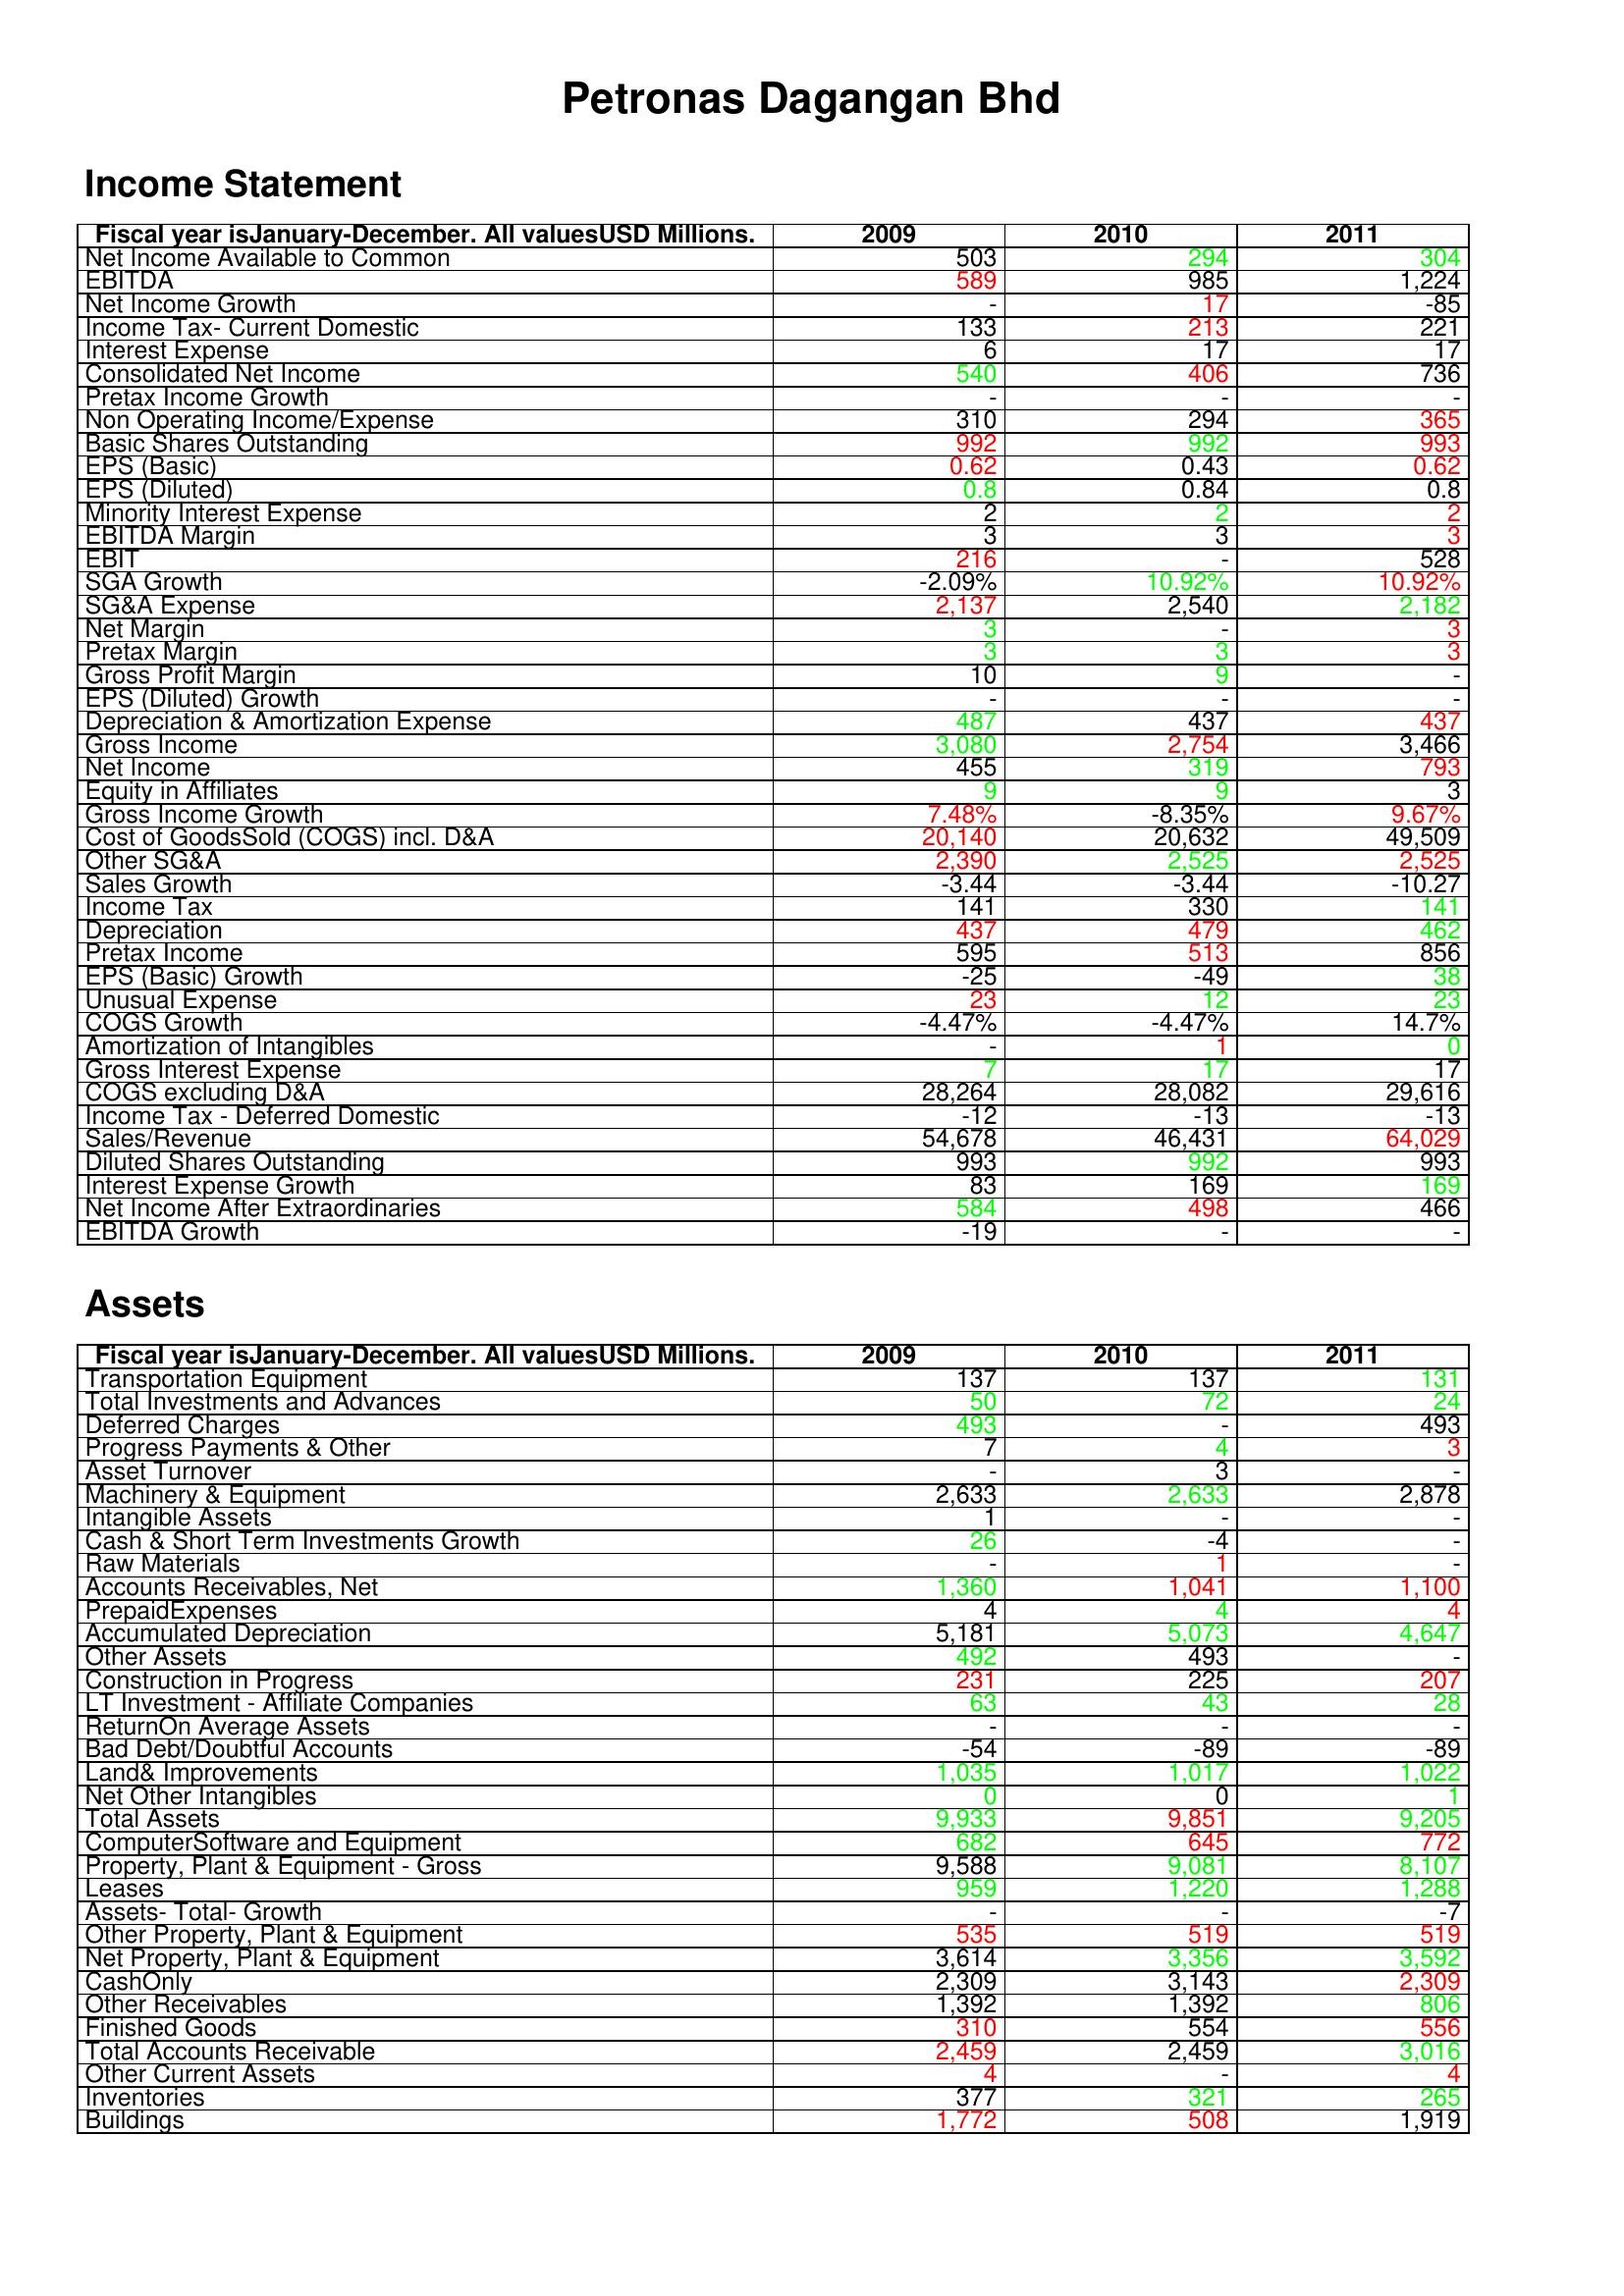
gt_parse: 2009: Income Statement: Net Income Available to Common: 503
EBITDA: 589
Net Income Growth: -
Income Tax- Current Domestic: 133
Interest Expense: 6
Consolidated Net Income: 540
Pretax Income Growth: -
Non Operating Income/Expense: 310
Basic Shares Outstanding: 992
EPS (Basic): 0.62
EPS (Diluted): 0.8
Minority Interest Expense: 2
EBITDA Margin: 3
EBIT: 216
SGA Growth: -2.09%
SG&A Expense: 2,137
Net Margin: 3
Pretax Margin: 3
Gross Profit Margin: 10
EPS (Diluted) Growth: -
Depreciation & Amortization Expense: 487
Gross Income: 3,080
Net Income: 455
Equity in Affiliates: 9
Gross Income Growth: 7.48%
Cost of GoodsSold (COGS) incl. D&A: 20,140
Other SG&A: 2,390
Sales Growth: -3.44
Income Tax: 141
Depreciation: 437
Pretax Income: 595
EPS (Basic) Growth: -25
Unusual Expense: 23
COGS Growth: -4.47%
Amortization of Intangibles: -
Gross Interest Expense: 7
COGS excluding D&A: 28,264
Income Tax - Deferred Domestic: -12
Sales/Revenue: 54,678
Diluted Shares Outstanding: 993
Interest Expense Growth: 83
Net Income After Extraordinaries: 584
EBITDA Growth: -19
Assets: Transportation Equipment: 137
Total Investments and Advances: 50
Deferred Charges: 493
Progress Payments & Other: 7
Asset Turnover: -
Machinery & Equipment: 2,633
Intangible Assets: 1
Cash & Short Term Investments Growth: 26
Raw Materials: -
Accounts Receivables, Net: 1,360
PrepaidExpenses: 4
Accumulated Depreciation: 5,181
Other Assets: 492
Construction in Progress: 231
LT Investment - Affiliate Companies: 63
ReturnOn Average Assets: -
Bad Debt/Doubtful Accounts: -54
Land& Improvements: 1,035
Net Other Intangibles: 0
Total Assets: 9,933
ComputerSoftware and Equipment: 682
Property, Plant & Equipment - Gross : 9,588
Leases: 959
Assets- Total- Growth: -
Other Property, Plant & Equipment: 535
Net Property, Plant & Equipment: 3,614
CashOnly: 2,309
Other Receivables: 1,392
Finished Goods: 310
Total Accounts Receivable: 2,459
Other Current Assets: 4
Inventories: 377
Buildings: 1,772
2010: Income Statement: Net Income Available to Common: 294
EBITDA: 985
Net Income Growth: 17
Income Tax- Current Domestic: 213
Interest Expense: 17
Consolidated Net Income: 406
Pretax Income Growth: -
Non Operating Income/Expense: 294
Basic Shares Outstanding: 992
EPS (Basic): 0.43
EPS (Diluted): 0.84
Minority Interest Expense: 2
EBITDA Margin: 3
EBIT: -
SGA Growth: 10.92%
SG&A Expense: 2,540
Net Margin: -
Pretax Margin: 3
Gross Profit Margin: 9
EPS (Diluted) Growth: -
Depreciation & Amortization Expense: 437
Gross Income: 2,754
Net Income: 319
Equity in Affiliates: 9
Gross Income Growth: -8.35%
Cost of GoodsSold (COGS) incl. D&A: 20,632
Other SG&A: 2,525
Sales Growth: -3.44
Income Tax: 330
Depreciation: 479
Pretax Income: 513
EPS (Basic) Growth: -49
Unusual Expense: 12
COGS Growth: -4.47%
Amortization of Intangibles: 1
Gross Interest Expense: 17
COGS excluding D&A: 28,082
Income Tax - Deferred Domestic: -13
Sales/Revenue: 46,431
Diluted Shares Outstanding: 992
Interest Expense Growth: 169
Net Income After Extraordinaries: 498
EBITDA Growth: -
Assets: Transportation Equipment: 137
Total Investments and Advances: 72
Deferred Charges: -
Progress Payments & Other: 4
Asset Turnover: 3
Machinery & Equipment: 2,633
Intangible Assets: -
Cash & Short Term Investments Growth: -4
Raw Materials: 1
Accounts Receivables, Net: 1,041
PrepaidExpenses: 4
Accumulated Depreciation: 5,073
Other Assets: 493
Construction in Progress: 225
LT Investment - Affiliate Companies: 43
ReturnOn Average Assets: -
Bad Debt/Doubtful Accounts: -89
Land& Improvements: 1,017
Net Other Intangibles: 0
Total Assets: 9,851
ComputerSoftware and Equipment: 645
Property, Plant & Equipment - Gross : 9,081
Leases: 1,220
Assets- Total- Growth: -
Other Property, Plant & Equipment: 519
Net Property, Plant & Equipment: 3,356
CashOnly: 3,143
Other Receivables: 1,392
Finished Goods: 554
Total Accounts Receivable: 2,459
Other Current Assets: -
Inventories: 321
Buildings: 508
2011: Income Statement: Net Income Available to Common: 304
EBITDA: 1,224
Net Income Growth: -85
Income Tax- Current Domestic: 221
Interest Expense: 17
Consolidated Net Income: 736
Pretax Income Growth: -
Non Operating Income/Expense: 365
Basic Shares Outstanding: 993
EPS (Basic): 0.62
EPS (Diluted): 0.8
Minority Interest Expense: 2
EBITDA Margin: 3
EBIT: 528
SGA Growth: 10.92%
SG&A Expense: 2,182
Net Margin: 3
Pretax Margin: 3
Gross Profit Margin: -
EPS (Diluted) Growth: -
Depreciation & Amortization Expense: 437
Gross Income: 3,466
Net Income: 793
Equity in Affiliates: 3
Gross Income Growth: 9.67%
Cost of GoodsSold (COGS) incl. D&A: 49,509
Other SG&A: 2,525
Sales Growth: -10.27
Income Tax: 141
Depreciation: 462
Pretax Income: 856
EPS (Basic) Growth: 38
Unusual Expense: 23
COGS Growth: 14.7%
Amortization of Intangibles: 0
Gross Interest Expense: 17
COGS excluding D&A: 29,616
Income Tax - Deferred Domestic: -13
Sales/Revenue: 64,029
Diluted Shares Outstanding: 993
Interest Expense Growth: 169
Net Income After Extraordinaries: 466
EBITDA Growth: -
Assets: Transportation Equipment: 131
Total Investments and Advances: 24
Deferred Charges: 493
Progress Payments & Other: 3
Asset Turnover: -
Machinery & Equipment: 2,878
Intangible Assets: -
Cash & Short Term Investments Growth: -
Raw Materials: -
Accounts Receivables, Net: 1,100
PrepaidExpenses: 4
Accumulated Depreciation: 4,647
Other Assets: -
Construction in Progress: 207
LT Investment - Affiliate Companies: 28
ReturnOn Average Assets: -
Bad Debt/Doubtful Accounts: -89
Land& Improvements: 1,022
Net Other Intangibles: 1
Total Assets: 9,205
ComputerSoftware and Equipment: 772
Property, Plant & Equipment - Gross : 8,107
Leases: 1,288
Assets- Total- Growth: -7
Other Property, Plant & Equipment: 519
Net Property, Plant & Equipment: 3,592
CashOnly: 2,309
Other Receivables: 806
Finished Goods: 556
Total Accounts Receivable: 3,016
Other Current Assets: 4
Inventories: 265
Buildings: 1,919